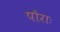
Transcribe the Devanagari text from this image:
पौराः